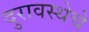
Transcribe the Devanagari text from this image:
दुरावस्थेचे